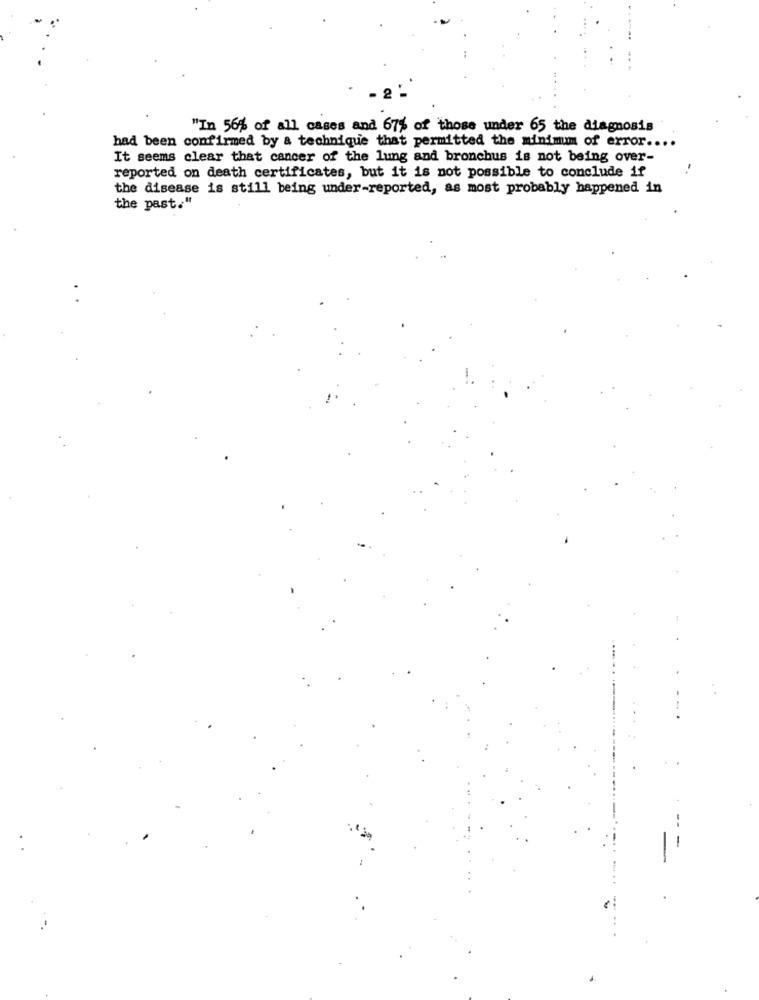
"In 56% of all cases and 67% of those under 65 the diagnosis
had been confirmed by a technique that permitted the minimum of error ....
It seems clear that cancer of the lung and bronchus is not being over-
reported on death certificates, but it is not possible to conclude if
the disease is still being under-reported, as most probably happened in
the past."